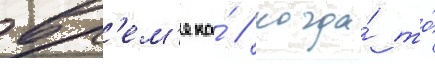
вр'ем'ена́ / когда́ то́